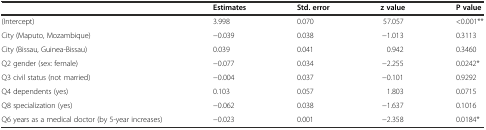
|  | Estimates | Std. error | z value | P value |
 | --- | --- | --- | --- | --- |
 | (Intercept) | 3.998 | 0.070 | 57.057 | <0.001** |
 | City (Maputo, Mozambique) | −0.039 | 0.038 | −1.013 | 0.3113 |
 | City (Bissau, Guinea-Bissau) | 0.039 | 0.041 | 0.942 | 0.3460 |
 | Q2 gender (sex: female) | −0.077 | 0.034 | −2.255 | 0.0242* |
 | Q3 civil status (not married) | −0.004 | 0.037 | −0.101 | 0.9292 |
 | Q4 dependents (yes) | 0.103 | 0.057 | 1.803 | 0.0715 |
 | Q8 specialization (yes) | −0.062 | 0.038 | −1.637 | 0.1016 |
 | Q6 years as a medical doctor (by 5-year increases) | −0.023 | 0.001 | −2.358 | 0.0184* |